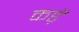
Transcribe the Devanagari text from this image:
कड़ें